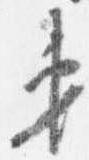
第